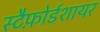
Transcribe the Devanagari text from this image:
स्टैफ़ोर्डशायर